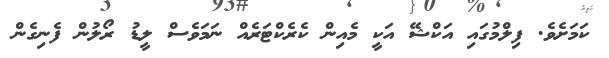
ކަމަށެވެ. ފިލްމުގައި އަކްޝޭ އަކީ މެއިން ކެރެކްޓަރެއް ނަމަވެސް ލީޑު ރޯލުން ފެނިގެން